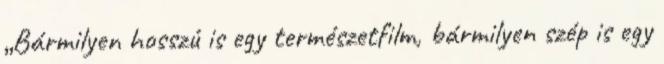
„Bármilyen hosszú is egy természetfilm, bármilyen szép is egy